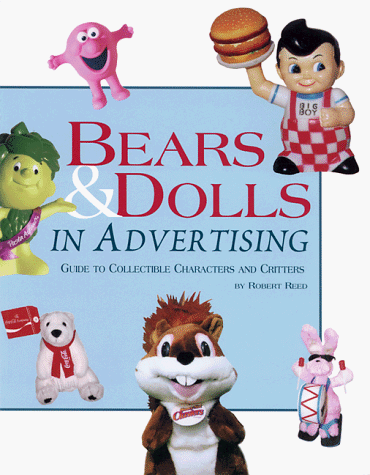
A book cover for Bears and Dolls in Advertising: Guide to Collectible Characters and Critters; Robert Reed; Crafts, Hobbies & Home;